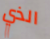
الذي